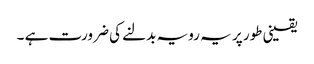
یقینی طور پر یہ رویہ بدلنے کی ضرورت ہے ۔